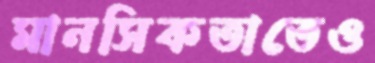
মানসিকতাতেও